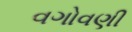
વગોવણી